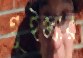
গুইজ্যার